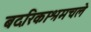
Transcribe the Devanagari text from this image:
बदरिकाश्रमचले